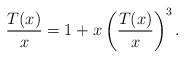
LaTeX: \begin{align*}\frac{T(x)}{x}=1+x\left( \frac{T(x)}{x}\right)^3.\end{align*}